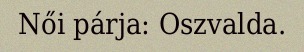
Női párja: Oszvalda.